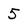
Character: 5